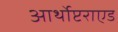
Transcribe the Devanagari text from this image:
आर्थोप्टराएड